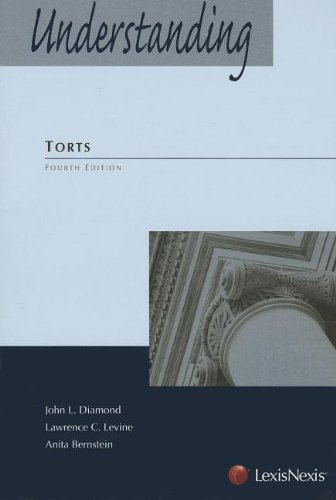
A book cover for Understanding Torts (Understanding (LexisNexis)); John L. Diamond; Law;